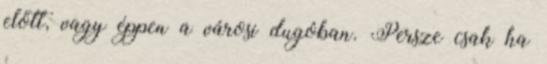
előtt, vagy éppen a városi dugóban. Persze csak ha